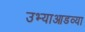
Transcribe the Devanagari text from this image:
उभ्याआडव्या